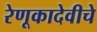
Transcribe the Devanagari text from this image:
रेणूकादेवीचे